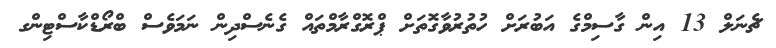
ޗެނަލް 13 އިން ގާސިމްގެ އަބުރަށް ހުތުރުވާގޮތަށް ޕްރޮގްރާމްތައް ގެނެސްދިން ނަމަވެސް ބްރޯޑްކާސްޓިންގ